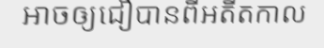
អាចឲ្យជឿបានពីអតីតកាល